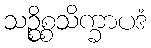
သဉ္စိစ္စသိက္ခာပဒံ